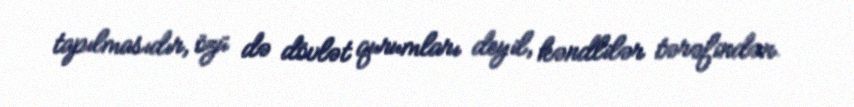
tapılmasıdır, özü də dövlət qurumları deyil, kəndlilər tərəfindən.